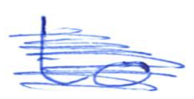
Text: to
Cross-out: scratch
Writing tool: ballpoint